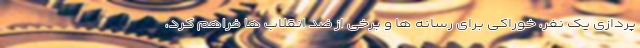
پردازی یک نفر، خوراکی برای رسانه ها و برخی از ضد انقلاب ها فراهم کرد،